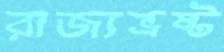
রাজ্যভ্রষ্ট